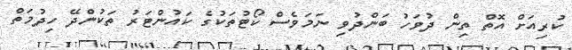
ކުރިއަށް އޮތް ތިން ދުވަހު ބަންދުވި ނަމަވެސް ކޯޓުތަކުގެ ކައުންޓަރު ތަކުންދޭ ހިދުމަތް